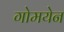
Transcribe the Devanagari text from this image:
गोमयेन